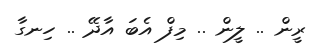
ރީން .. ލީން .. މިފް އެބަ އާދޭ .. ހިނގާ